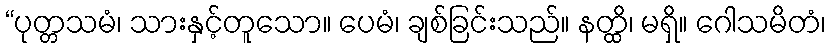
“ပုတ္တသမံ၊ သားနှင့်တူသော။ ပေမံ၊ ချစ်ခြင်းသည်။ နတ္ထိ၊ မရှိ။ ဂေါသမိတံ၊